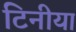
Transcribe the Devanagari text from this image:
टिनीया